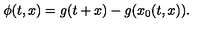
\phi ( t , x ) = g ( t + x ) - g ( x _ { 0 } ( t , x ) ) .